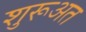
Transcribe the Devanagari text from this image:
शुरूअत